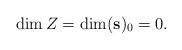
LaTeX: \begin{align*}\dim Z=\dim(\mathbf{s})_0=0.\end{align*}